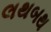
લથબથ